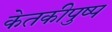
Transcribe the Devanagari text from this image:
केतकीपुष्प